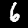
Label: 6